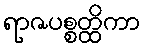
ရာဇပစ္စတ္ထိကာ